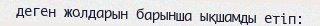
деген жолдарын барынша ықшамды етіп: